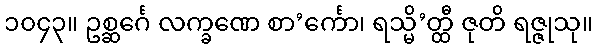
၁၀၄၃။ ဥစ္ဆင်္ဂေ လက္ခဏေ စာ’င်္ကော၊ ရသ္မိ’တ္ထီ ဇုတိ ရဇ္ဇုသု။